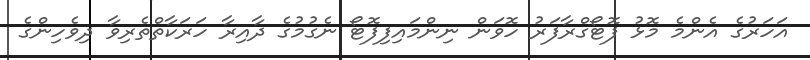
އަހަރުގެ އެންމެ މޮޅު ފޮޓޯގްރާފަރު ހޮވަން ނިންމައިފިފޮޓޯ ނެގުމުގެ ދާއިރާ ހަރަކާތްތެރިވާ ދިވެހިންގެ